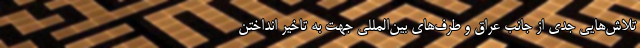
تلاش‌هایی جدی از جانب عراق و طرف‌های بین‌المللی جهت به تاخیر انداختن